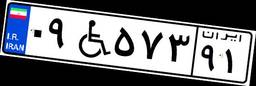
۰۹W۵۷۳۹۱